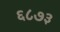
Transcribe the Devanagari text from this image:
६८७३